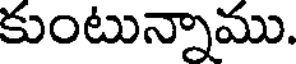
కుంటున్నాము.